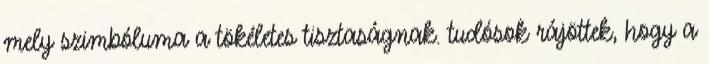
mely szimbóluma a tökéletes tisztaságnak. tudósok rájöttek, hogy a